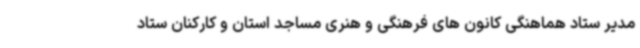
مدیر ستاد هماهنگی کانون های فرهنگی و هنری مساجد استان و کارکنان ستاد